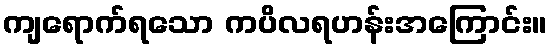
ကျရောက်ရသော ကပိလရဟန်းအကြောင်း။